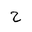
Letter: _ha